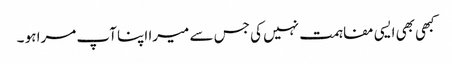
کبھی بھی ایسی مفاہمت نہیں کی جس سے میرا اپنا آپ مرا ہو ۔